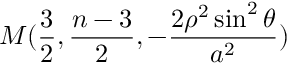
M ( \frac { 3 } { 2 } , \frac { n - 3 } { 2 } , - \frac { 2 \rho ^ { 2 } \sin ^ { 2 } \theta } { a ^ { 2 } } )